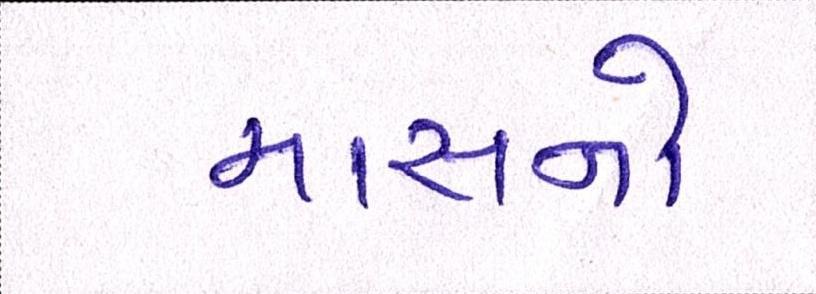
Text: માસનો